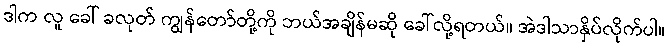
ဒါက လူ ခေါ် ခလုတ် ကျွန်တော်တို့ကို ဘယ်အချိန်မဆို ခေါ်လို့ရတယ်။ အဲဒါသာနှိပ်လိုက်ပါ။